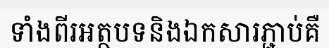
ទាំងពីរអត្ថបទនិងឯកសារភ្ជាប់គឺ